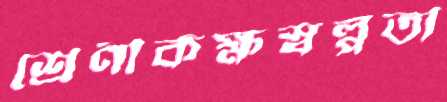
শ্রেণীকক্ষস্বল্পতা